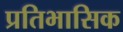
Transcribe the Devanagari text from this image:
प्रतिभासिक